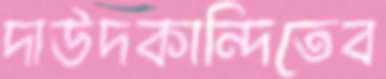
দাউদকান্দিতেব